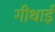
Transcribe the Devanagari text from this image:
गीथाई